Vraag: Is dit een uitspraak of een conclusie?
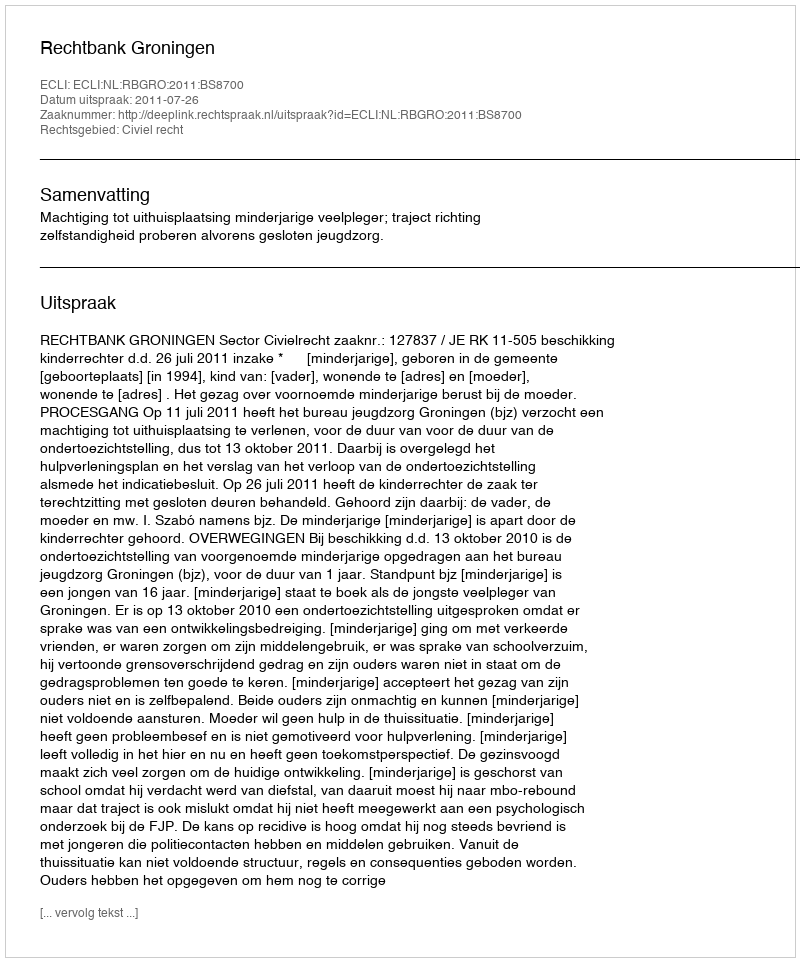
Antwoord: Uitspraak